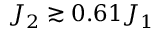
J _ { 2 } \gtrsim 0 . 6 1 J _ { 1 }